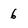
Character: 6